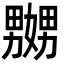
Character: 嬲